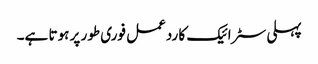
پہلی سٹرائیک کا ردعمل فوری طور پر ہوتا ہے۔